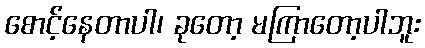
စောင့်နေတာပါ၊ ခုတော့ မကြာတော့ပါဘူး